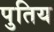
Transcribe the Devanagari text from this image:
पुतिय